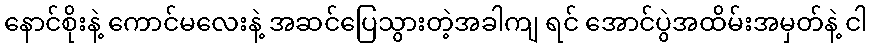
နောင်စိုးနဲ့ ကောင်မလေးနဲ့ အဆင်ပြေသွားတဲ့အခါကျ ရင် အောင်ပွဲအထိမ်းအမှတ်နဲ့ ငါ